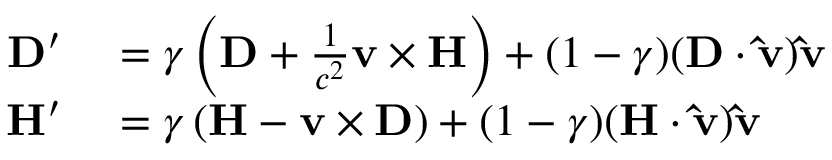
\begin{array} { r l } { \mathbf { D } ^ { \prime } } & { { } = \gamma \left( \mathbf { D } + { \frac { 1 } { c ^ { 2 } } } \mathbf { v } \times \mathbf { H } \right) + ( 1 - \gamma ) ( \mathbf { D } \cdot \mathbf { \hat { v } } ) \mathbf { \hat { v } } } \\ { \mathbf { H } ^ { \prime } } & { { } = \gamma \left( \mathbf { H } - \mathbf { v } \times \mathbf { D } \right) + ( 1 - \gamma ) ( \mathbf { H } \cdot \mathbf { \hat { v } } ) \mathbf { \hat { v } } } \end{array}